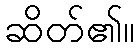
ဆိတ်၏။